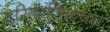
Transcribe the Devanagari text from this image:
हरितालिकव्रत